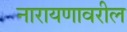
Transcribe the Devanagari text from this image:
नारायणावरील